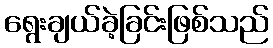
ရွေးချယ်ခဲ့ခြင်းဖြစ်သည်